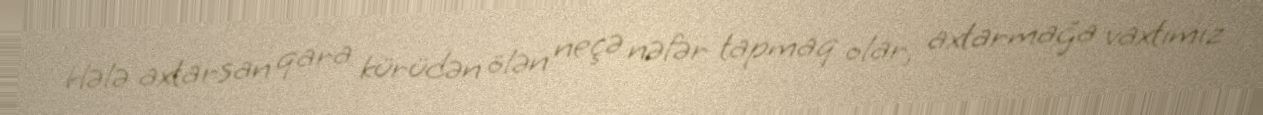
Hələ axtarsan qara kürüdən ölən neçə nəfər tapmaq olar, axtarmağa vaxtımız